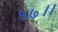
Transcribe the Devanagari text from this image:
५७।।